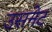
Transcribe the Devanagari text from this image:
उसनेट